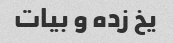
یخ زده و بیات